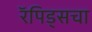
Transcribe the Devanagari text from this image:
रॅपिड्सचा